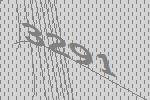
3291